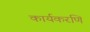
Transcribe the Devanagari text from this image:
कार्यकरणि